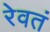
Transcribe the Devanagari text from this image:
रेवतं